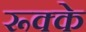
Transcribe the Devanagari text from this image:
रूक्‍के